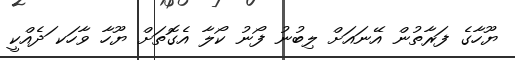
ޔޫހާގެ ފަރާތުން އޭނައަށް ލިބުނު ފޯނު ކޯލާ އެގޮތަށް ޔޫހާ ވާހަކ ަދެއްކީ